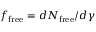
f _ { \mathrm { f r e e } } = d N _ { \mathrm { f r e e } } / d \gamma